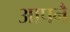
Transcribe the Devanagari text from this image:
आपनै